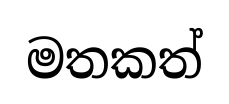
මතකත්